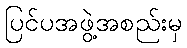
ပြင်ပအဖွဲ့အစည်းမှ